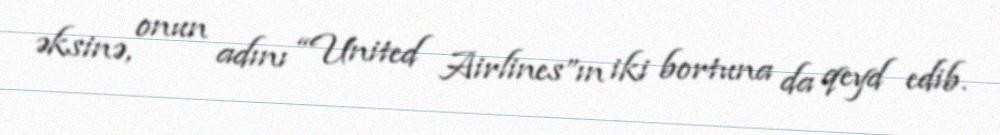
əksinə, onun adını “United Airlines”ın iki bortuna da qeyd edib.